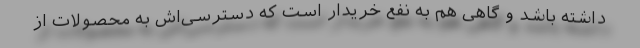
داشته باشد و گاهی هم به نفع خریدار است که دسترسی‌اش به محصولات از